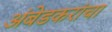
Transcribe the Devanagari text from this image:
अंबेडकरांचा